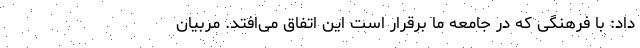
داد: با فرهنگی که در جامعه ما برقرار است این اتفاق می‌افتد. مربیان